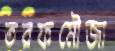
তরফমৌজা